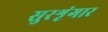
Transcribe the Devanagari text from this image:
सुरशृंगार